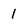
Character: 1